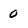
Character: 0